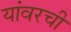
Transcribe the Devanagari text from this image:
यांवरची